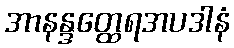
အာနန္ဒတ္ထေရအပဒါနံ